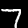
Digit: 7